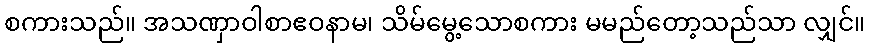
စကားသည်။ အသဏှာဝါစာဧဝနာမ၊ သိမ်မွေ့သောစကား မမည်တော့သည်သာ လျှင်။